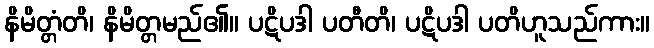
နိမိတ္တံတိ၊ နိမိတ္တမည်၏။ ပဋိပဒါ ပတီတိ၊ ပဋိပဒါ ပတိဟူသည်ကား။